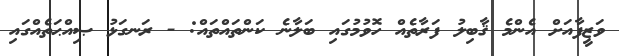
ވަޒީފާއަށް އެންމެ ޤާބިލު ފަރާތެއް ހޮވުމުގައި ބަލާނެ ކަންތައްތައް: - ރަނގަޅު ޞިއްޙަތެއްގައި